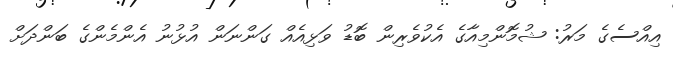
އިއްސެގެ މަރު: ޝުމޮންމިއާގެ އެކުވެރިން ބޮޑު ވަޅިއެއް ގަންނަން އުޅުނު އެންމެންގެ ބަންދަށް